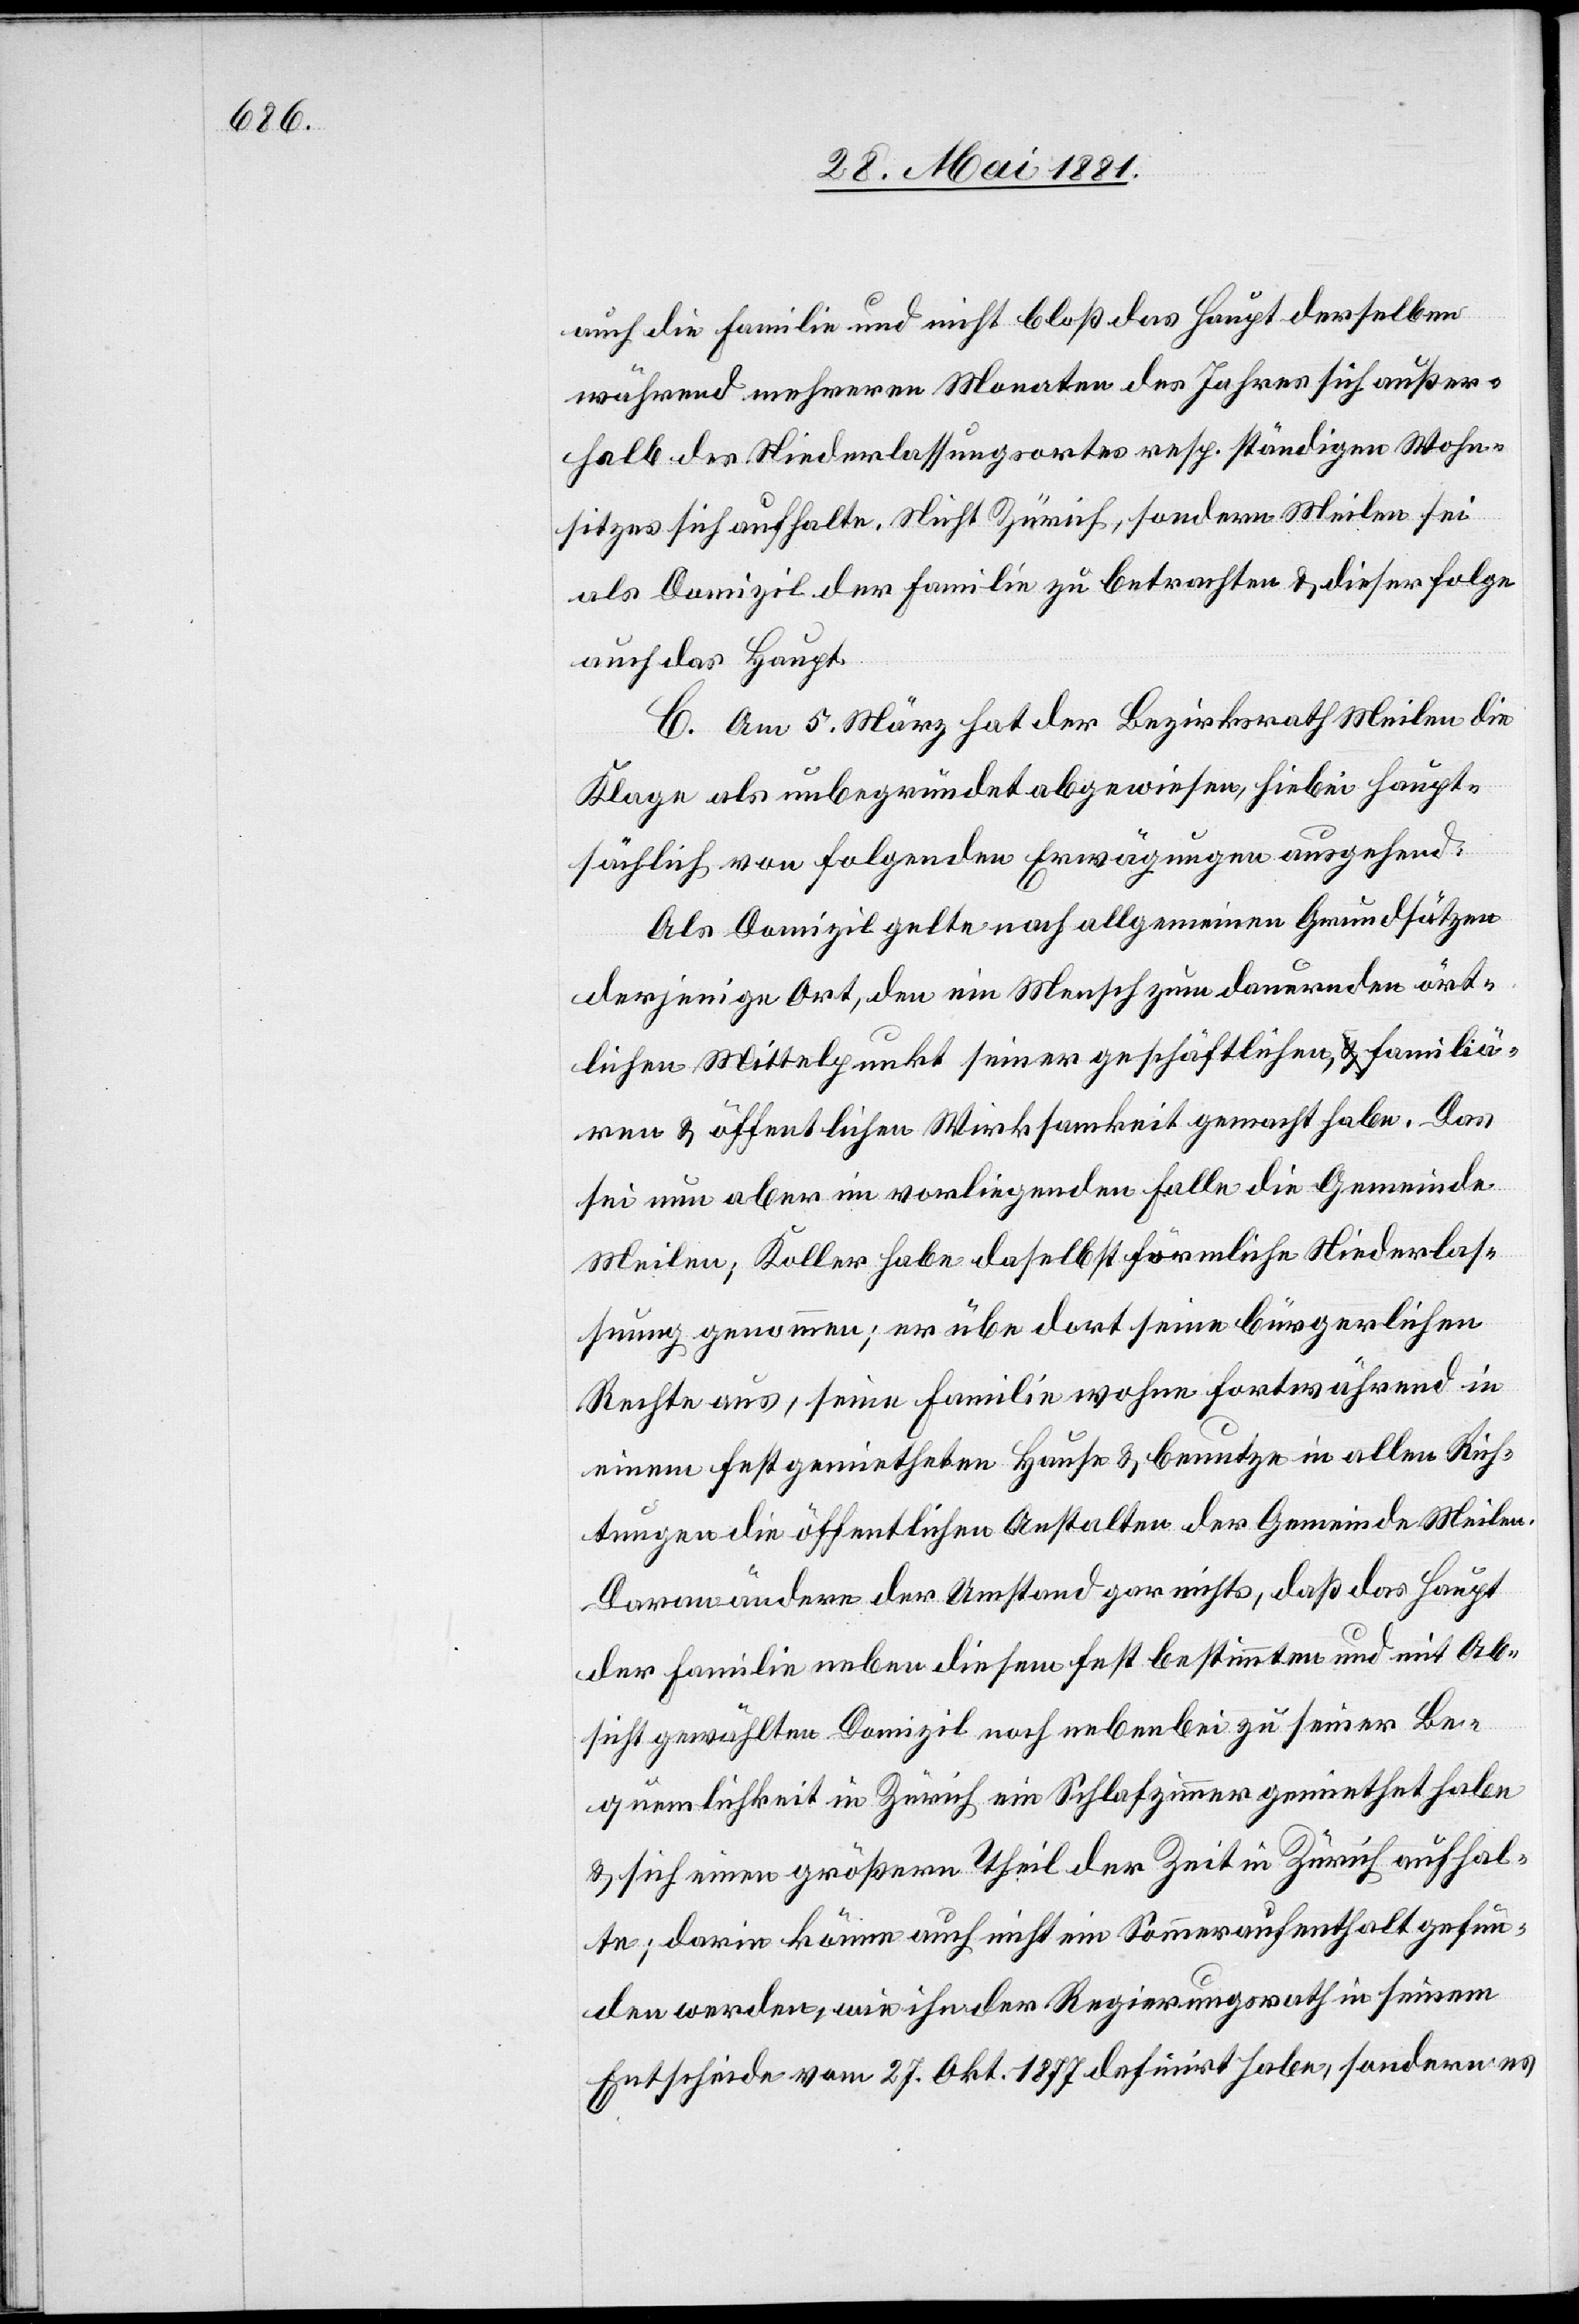
auch die Familie und nicht bloß das Haupt derselben
während mehreren Monaten des Jahres sich außer¬
halb des Niederlassungsortes resp. ständigen Wohn¬
sitzes sich aufhalte. Nicht Zürich, sondern Meilen sei
als Domizil der Familie zu betrachten & dieser folge
auch das Haupt.
C. Am 5. März hat der Bezirksrath Meilen die
Klage als unbegründet abgewiesen, hiebei haupt¬
sächlich von folgenden Erwägungen ausgehend:
Als Domizil gelte nach allgemeinen Grundsätzen
derjenige Ort, den ein Mensch zum dauernden ört¬
lichen Mittelpunkt seiner geschäftlichen, familiä¬
ren & öffentlichen Wirksamkeit gemacht habe. Das
sei nun aber im vorliegenden Falle die Gemeinde
Meilen; Koller habe daselbst förmliche Niederlas¬
sung genommen; er übe dort seine bürgerlichen
Rechte aus, seine Familie wohne fortwährend in
einem festgemietheten Hause & benutze in allen Rich¬
tungen die öffentlichen Anstalten der Gemeinde Meilen.
Daran ändere der Umstand gar nichts, daß das Haupt
der Familie neben diesem fest bestimmten und mit Ab¬
sicht gewählten Domizil noch nebenbei zu seiner Be¬
quemlichkeit in Zürich ein Schlafzimmer gemiethet habe
& sich einen größern Theil der Zeit in Zürich aufhal¬
te; darin könne auch nicht ein Sommeraufenthalt gefun¬
den werden, wie ihn der Regierungsrath in seinem
Entscheide vom 27. Okt. 1877 definirt habe, sondern es